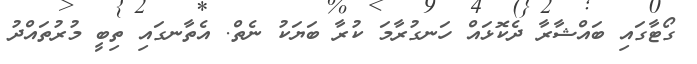
ގޯޓާގައި ބައްޝާރާ ދެކޮޅައް ހަނގުރާމަ ކުރާ ބަޔަކު ނެތް. އެތާނގައި ތިބީ މުރުތައްްދު